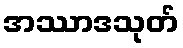
အဿာဒသုတ်